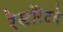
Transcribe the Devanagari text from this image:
रेस्टॉरंटचे